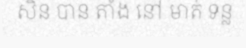
សិន បាន តាំង នៅ មាត់ ទន្ល